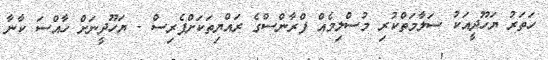
ހަތަރު ޔަހޫދީއަކު ސަލާމަތްކުރި މުސްލިމެއް ފްރާންސްގެ ރައްޔިތަކަށްޕެރިސް - ޔަހޫދީނަށް ހާއްސަ ކާނާ